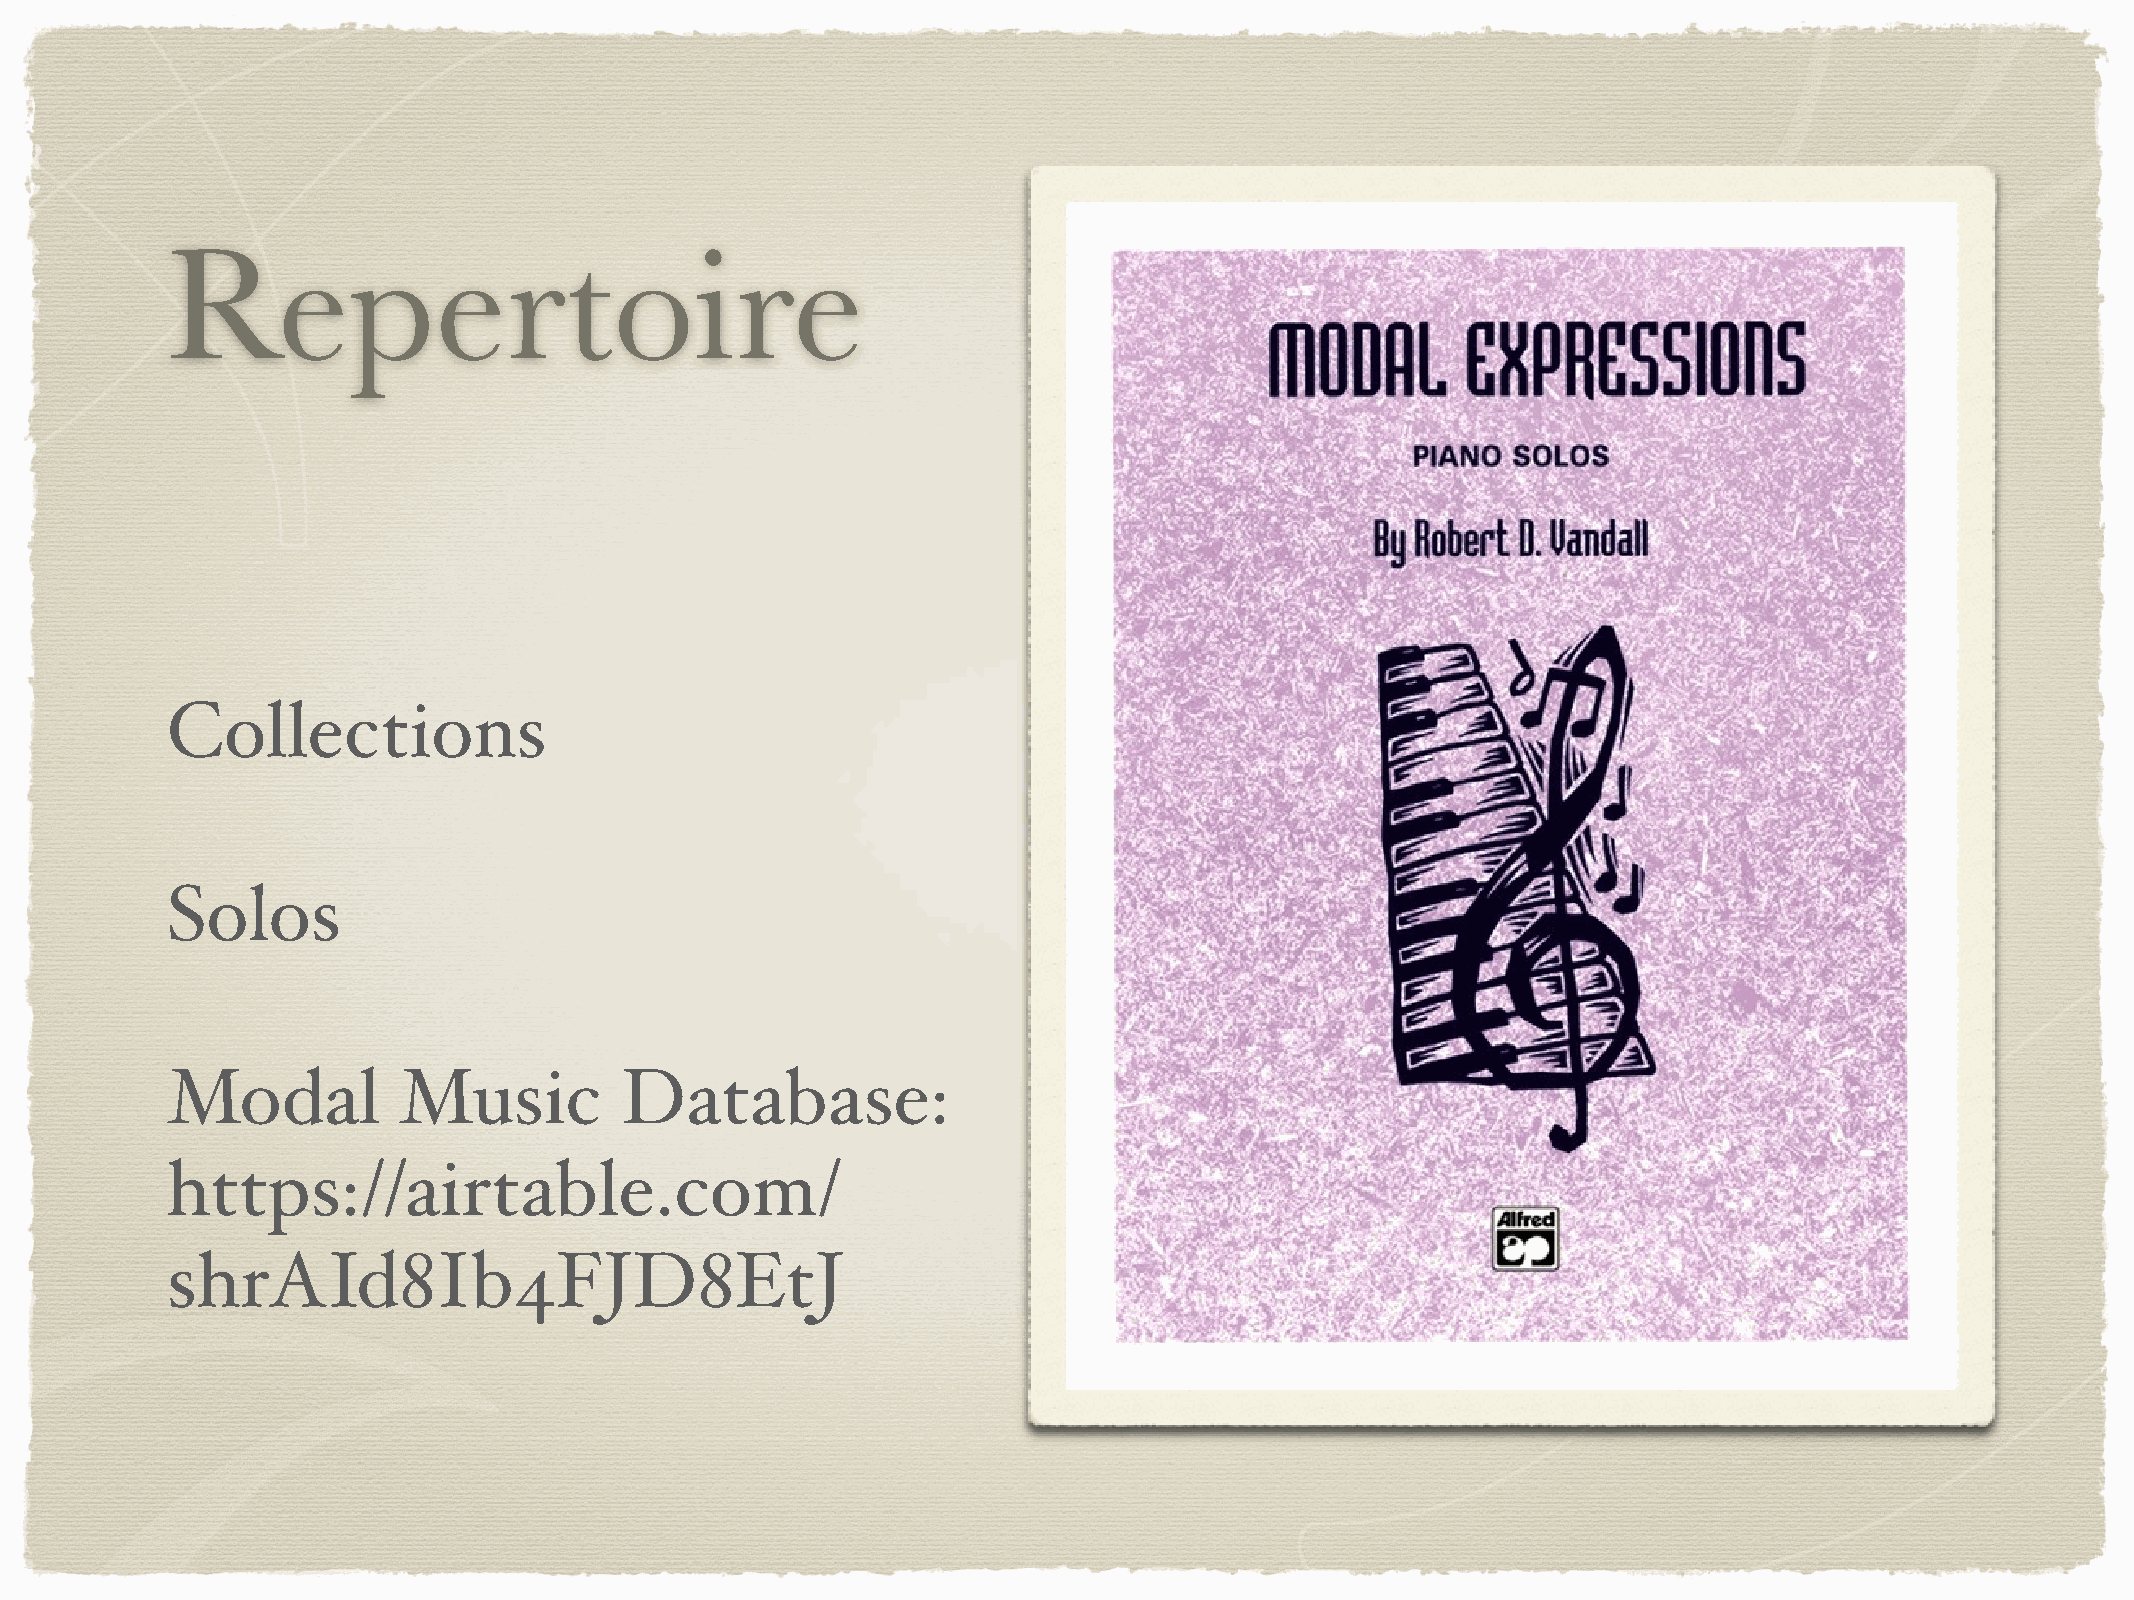
Repertoire
 Collections
 Solos
 Modal          Music          Database:
 https://airtable.com/
 shrAId8Ib4FJD8EtJ